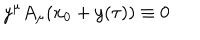
LaTeX: y ^ { \mu } A _ { \mu } ( x _ { 0 } + y ( \tau ) ) \equiv 0